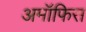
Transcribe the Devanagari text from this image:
अमॉफिस